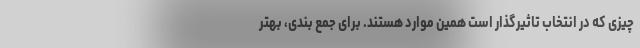
چیزی که در انتخاب تاثیرگذار است همین موارد هستند. برای جمع بندی، بهتر